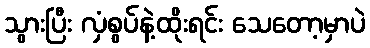
သွားပြီး လှံစွပ်နဲ့ထိုးရင်း သေတော့မှာပဲ